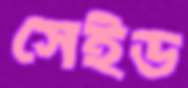
সেইড